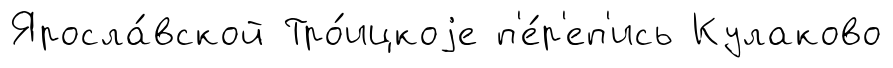
Яросла́вской Тро́ицкоjе п'е́р'еп'ись Кулаково